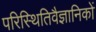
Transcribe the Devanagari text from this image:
परिस्थितिवैज्ञानिकों